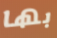
بها